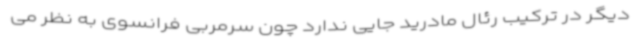
دیگر در ترکیب رئال مادرید جایی ندارد چون سرمربی فرانسوی به نظر می